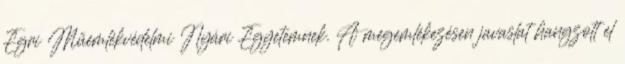
Egri Műemlékvédelmi Nyári Egyetemnek. A megemlékezésen javaslat hangzott el